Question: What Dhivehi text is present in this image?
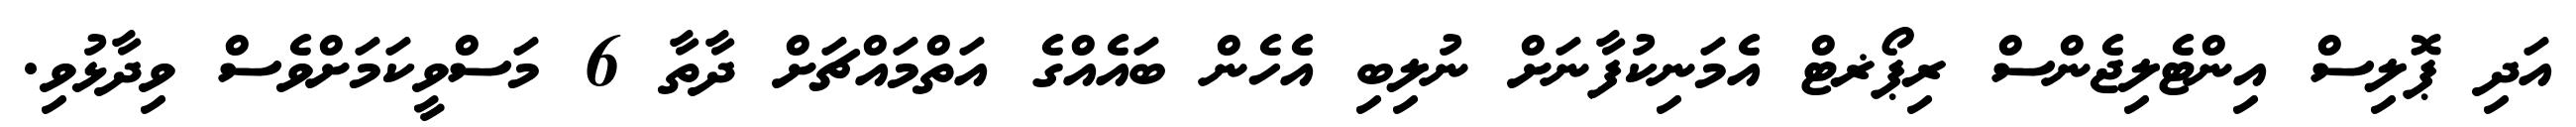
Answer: އަދި ޕޮލިސް އިންޓެލިޖެންސް ރިޕޯޜޓް އެމަނިކުފާނަށް ނުލިބި އެހެން ބައެއްގެ އަތްމައްޗަށް ދާތާ 6 މަސްވީކަމަށްވެސް ވިދާޅުވި.